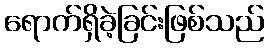
ရောက်ရှိခဲ့ခြင်းဖြစ်သည်